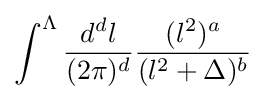
\int ^{\Lambda }{\frac {d^{d}l}{(2\pi )^{d}}}{\frac {(l^{2})^{a}}{(l^{2}+\Delta )^{b}}}